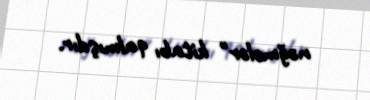
nəğmələr" kitabı qalmışdır.